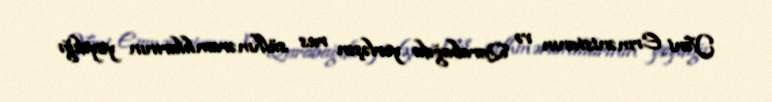
Yəni Ermənistanın və Qarabağda yerləşən rus sülhməramlılarının yaydığı